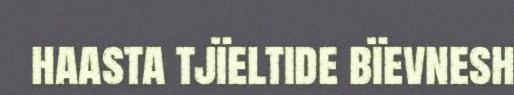
haasta tjïeltide bïevnesh